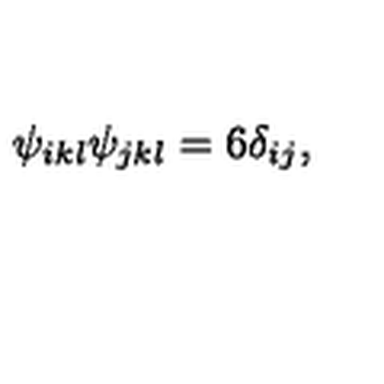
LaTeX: \psi _ { i k l } \psi _ { j k l } = 6 \delta _ { i j } ,